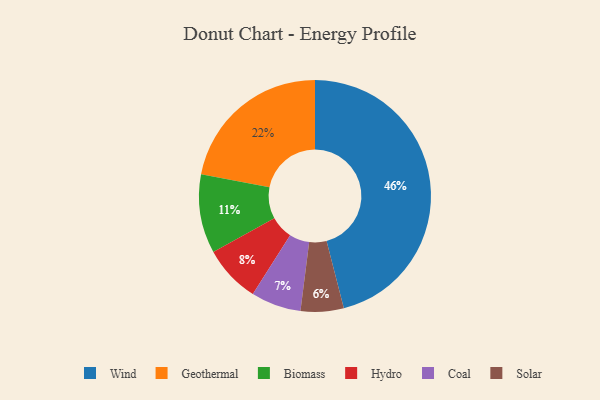
{"axis": {"x": "Category", "y": "Percentage"}, "legend": ["Biomass", "Coal", "Geothermal", "Hydro", "Solar", "Wind"], "data": [{"x": "Solar", "y": 6, "type": "Solar"}, {"x": "Geothermal", "y": 22, "type": "Geothermal"}, {"x": "Biomass", "y": 11, "type": "Biomass"}, {"x": "Wind", "y": 46, "type": "Wind"}, {"x": "Coal", "y": 7, "type": "Coal"}, {"x": "Hydro", "y": 8, "type": "Hydro"}]}